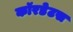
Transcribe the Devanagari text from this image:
कॉरडेटस